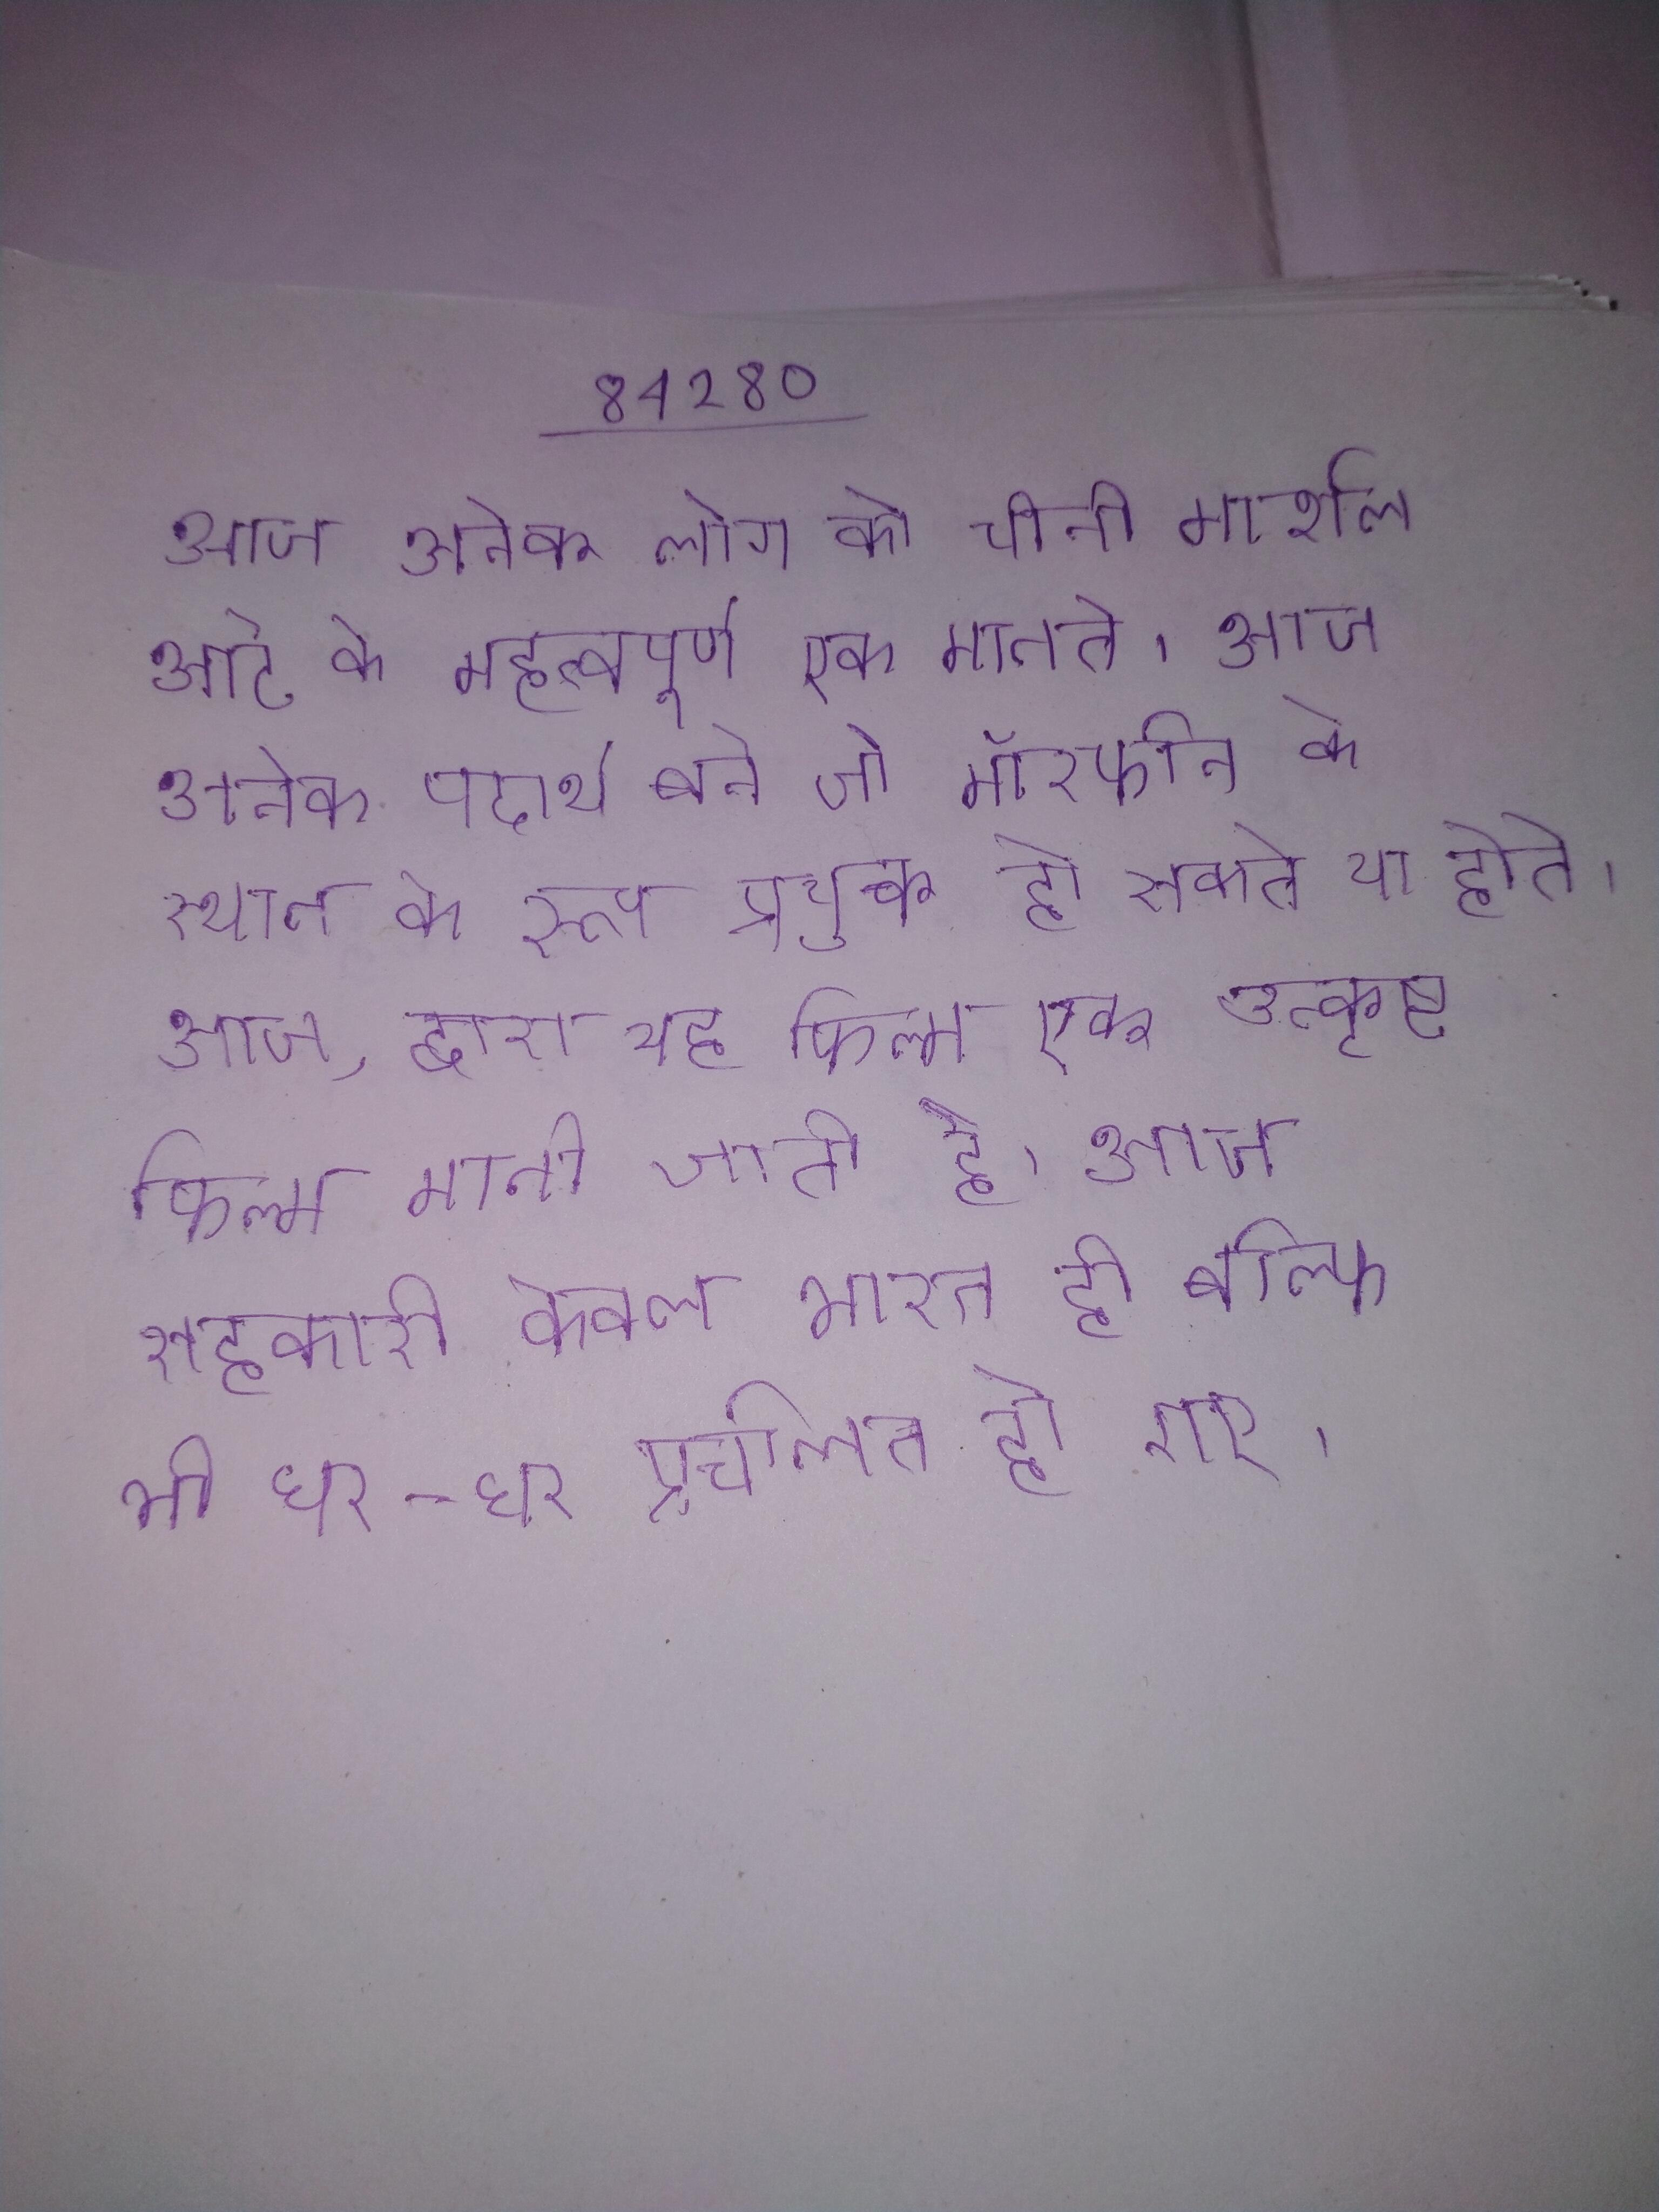
आज, अनेक लोग को चीनी मार्शल आर्ट के महत्वपूर्ण एक मानते । आज अनेक पदार्थ बने जो मॉरफीन के स्थान के रूप प्रयुक्त हो सकते या होते । आज, द्वारा यह फिल्म एक उत्कृष्ट फिल्म मानी जाती है । आज सहकारी केवल भारत ही बल्कि भी घर-घर प्रचलित हो गए ।